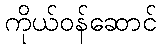
ကိုယ်ဝန်ဆောင်